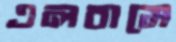
এলবামে